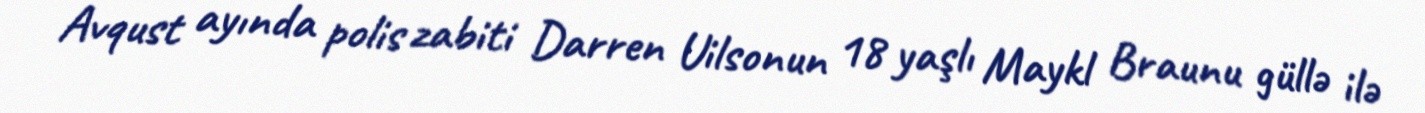
Avqust ayında polis zabiti Darren Uilsonun 18 yaşlı Maykl Braunu güllə ilə